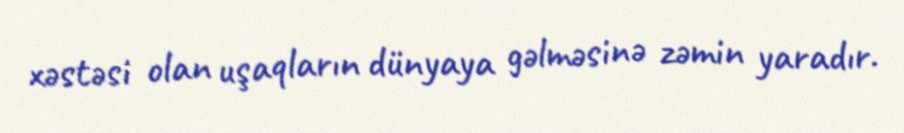
xəstəsi olan uşaqların dünyaya gəlməsinə zəmin yaradır.